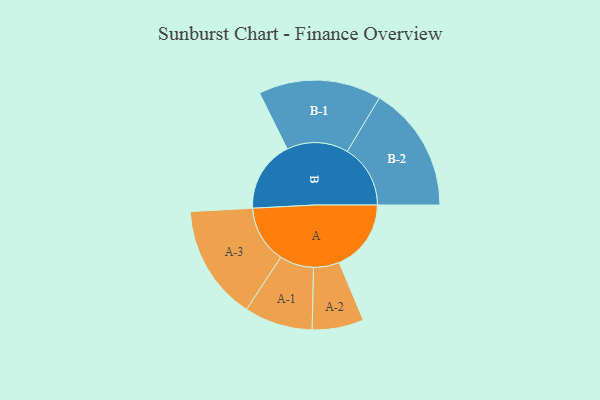
{"axis": {"x": "Segment", "y": "Value"}, "legend": ["", "A", "B"], "data": [{"x": "A", "y": 335, "type": ""}, {"x": "B", "y": 332, "type": ""}, {"x": "A-1", "y": 159, "type": "A"}, {"x": "A-2", "y": 120, "type": "A"}, {"x": "A-3", "y": 268, "type": "A"}, {"x": "B-1", "y": 286, "type": "B"}, {"x": "B-2", "y": 294, "type": "B"}]}